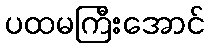
ပထမကြီးအောင်